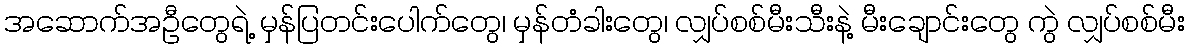
အဆောက်အဦတွေရဲ့ မှန်ပြတင်းပေါက်တွေ၊ မှန်တံခါးတွေ၊ လျှပ်စစ်မီးသီးနဲ့ မီးချောင်းတွေ ကွဲ လျှပ်စစ်မီး